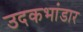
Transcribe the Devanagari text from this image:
उदकभांडार